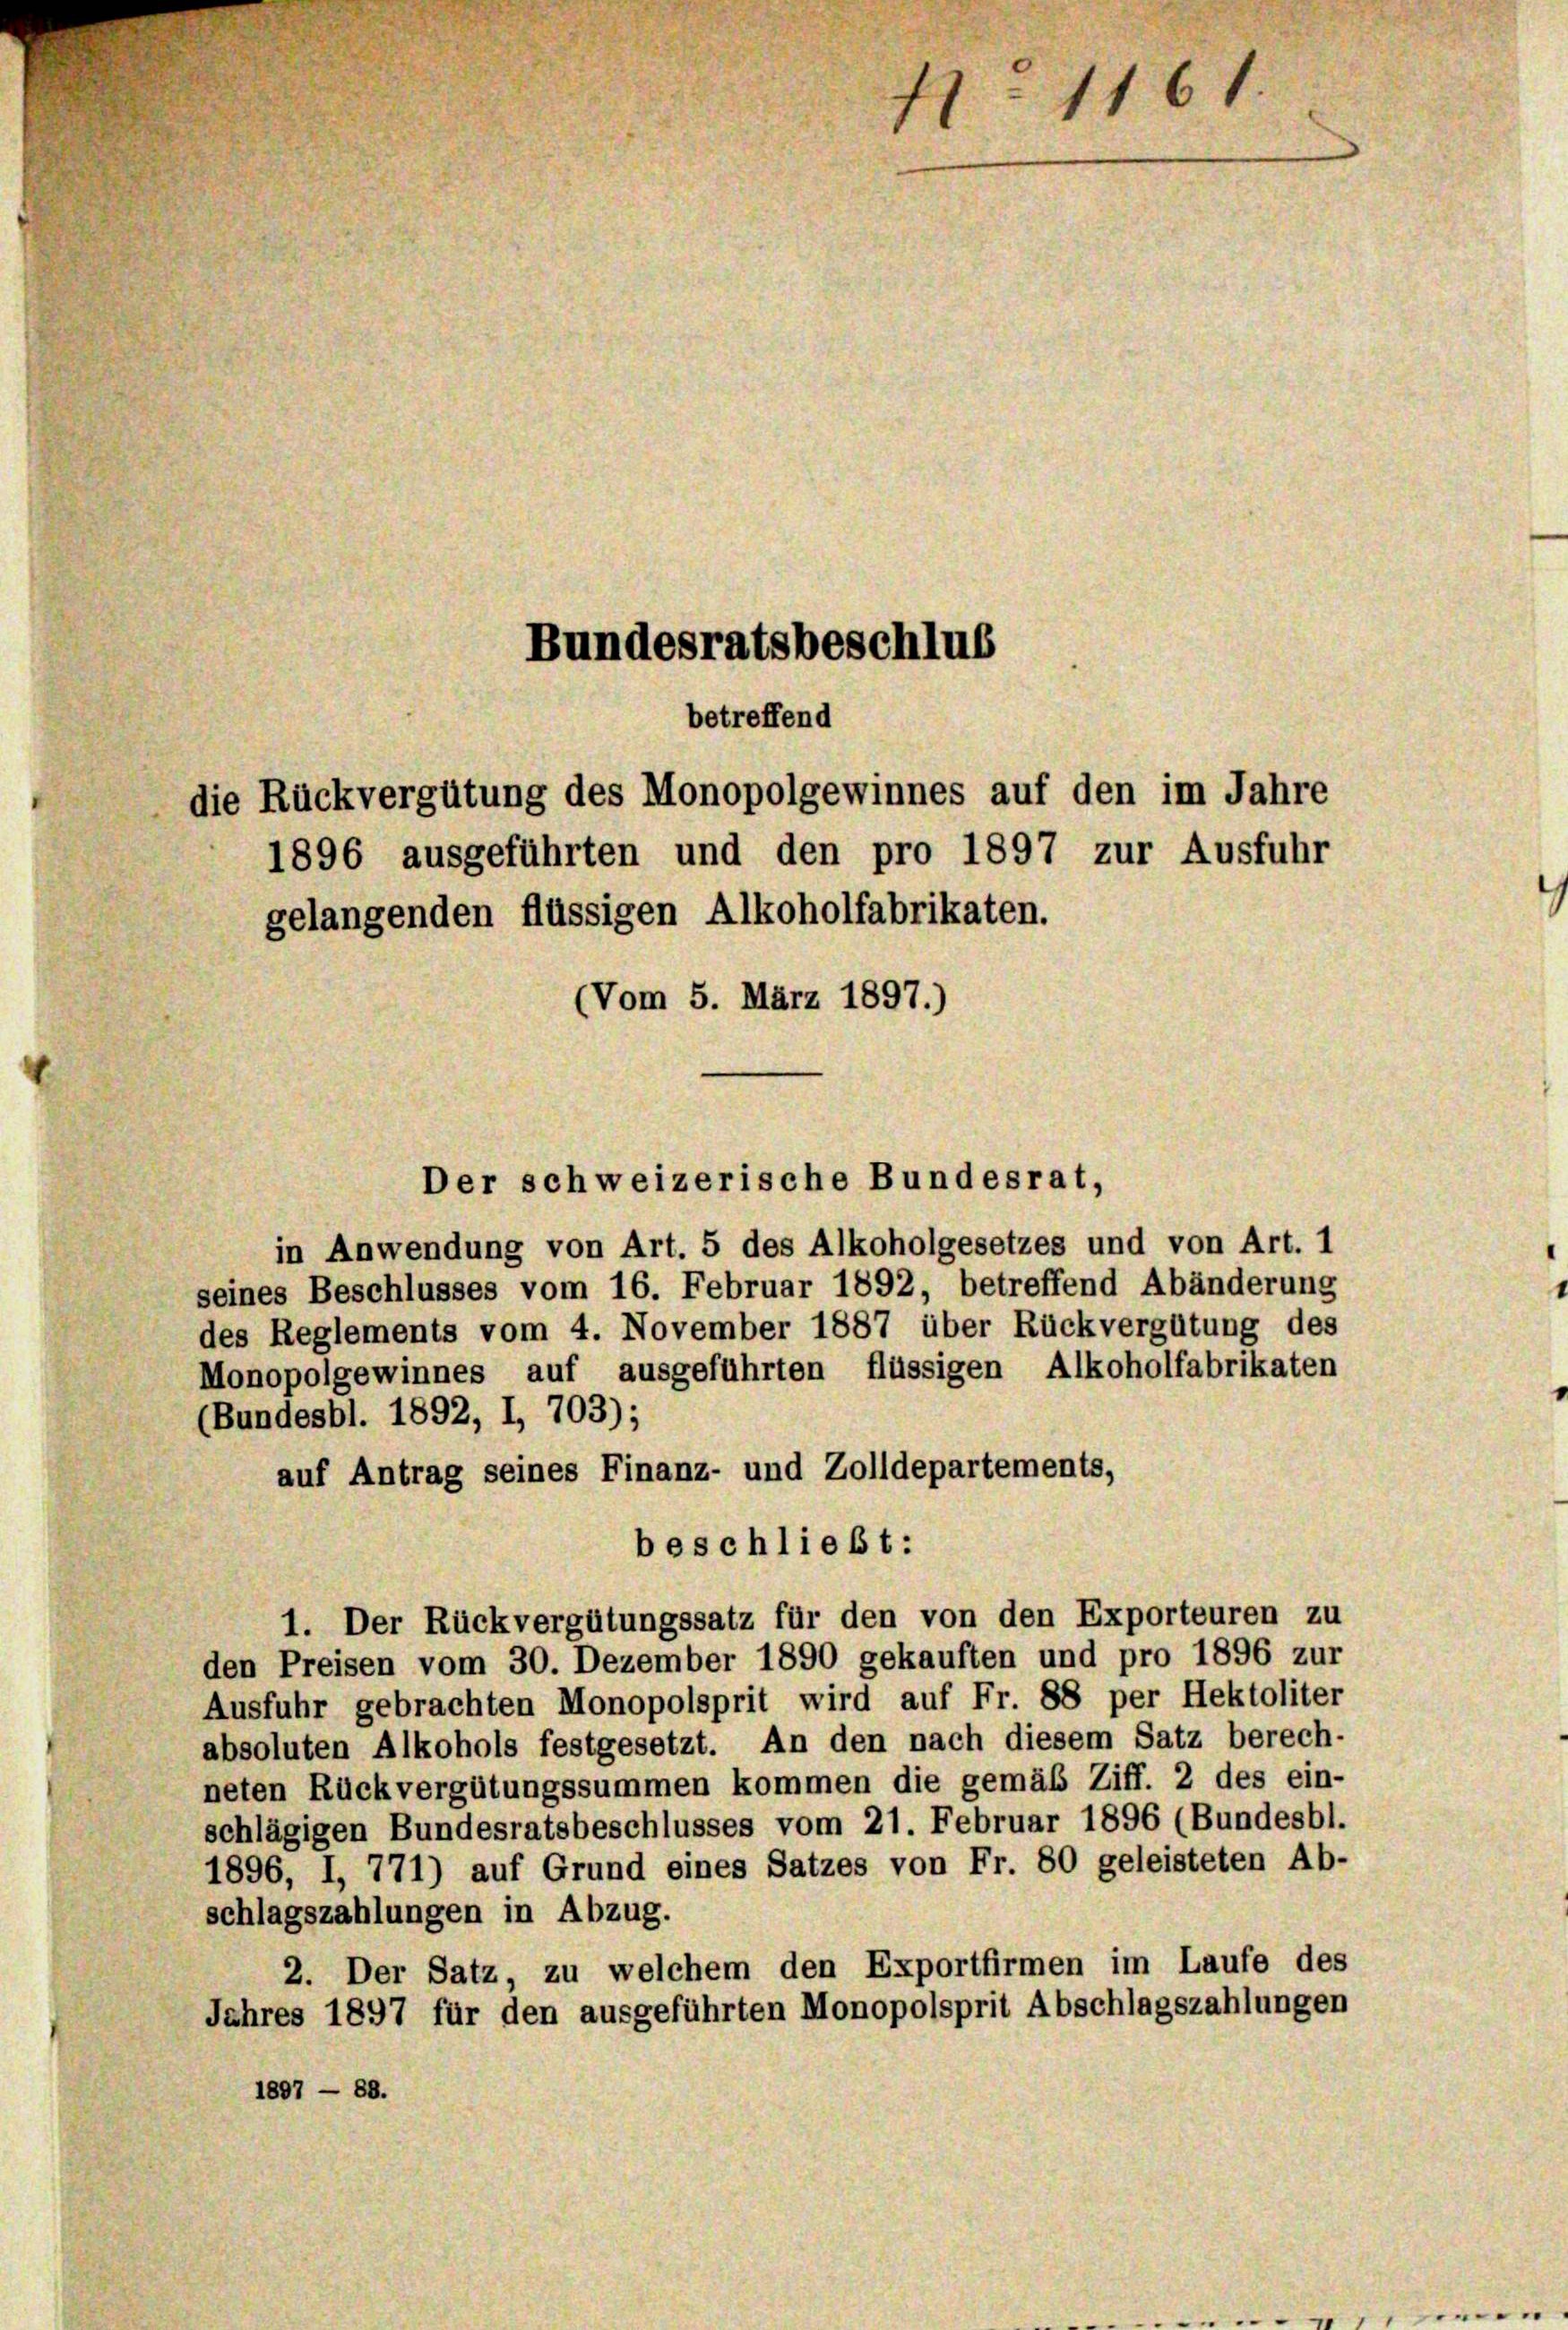
betreffend
die Rückvergütung des Monopolgewinnes auf den im Jahre
1896 ausgeführten und den pro 1897 zur Ausfuhr
gelangenden flüssigen Alkoholfabrikaten.
(Vom 5. März 1897.)

Bundesratsbeschlus

Der schweizerische Bundesrat,

N. 1161.

in Anwendung von Art. 5 des Alkoholgesetzes und von Art. 1
seines Beschlusses vom 16. Februar 1892, betreffend Abänderung
des Reglements vom 4. November 1887 über Rückvergütung des
Monopolgewinnes auf ausgeführten flüssigen Alkoholfabrikaten
(Bundesbl. 1892, I, 703);
auf Antrag seines Finanz- und Zolldepartements,
1. Der Rückvergütungssatz für den von den Exporteuren zu
den Preisen vom 30. Dezember 1890 gekauften und pro 1896 zur
Ausfuhr gebrachten Monopolsprit wird auf Fr. 88 per Hektoliter
absoluten Alkohols festgesetzt. An den nach diesem Satz berech-
neten Rückvergütungssummen kommen die gemäß Ziff. 2 des ein-
schlägigen Bundesratsbeschlusses vom 21. Februar 1896 (Bundesbl.
1896, I, 771) auf Grund eines Satzes von Fr. 80 geleisteten Ab-
schlagszahlungen in Abzug.
2. Der Satz, zu welchem den Exportfirmen im Laufe des
Jahres 1897 für den ausgeführten Monopolsprit Abschlagszahlungen
1897 — 88.

beschließt: